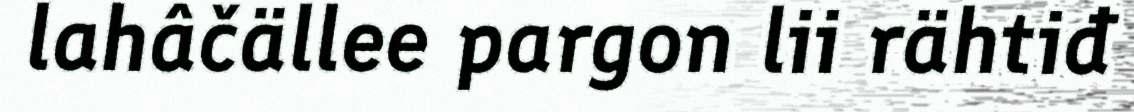
lahâčällee pargon lii rähtiđ